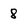
Character: 8